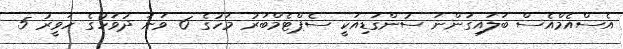
އެސްއެމްއެސް ބަލައިގަންނަ ސުންގަޑިއަކީ ސެޕްޓެމްބަރު މަހުގެ 6 ވަނަ ދުވަހުގެ ހަވީރު 5